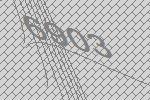
6903